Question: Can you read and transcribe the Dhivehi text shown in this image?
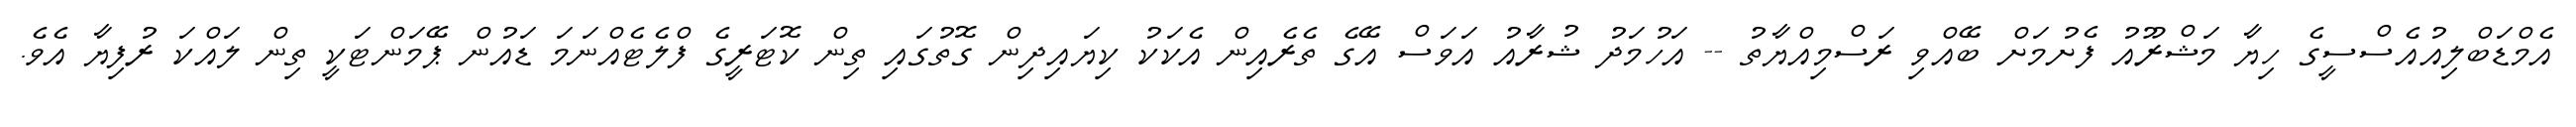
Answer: އެމްޑަބްލިއުއެސްސީގެ ހިޔާ މަޝްރޫއު ފެށުމަށް ބޭއްވި ރަސްމިއްޔާތު -- އަހުމަދު ޝުރާއު އަވަސް އޭގެ ތެރެއިން އެކަކު ކިޔައިދިން ގޮތުގައި ތިން ކޮޓަރީގެ ފްލެޓެއްނަމަ ޑައުން ޕޭމަންޓަކީ ތިން ލައްކަ ރުފިޔާ އެވެ.